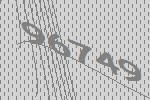
96749